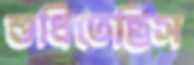
শুধিতেছিস